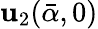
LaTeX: \mathbf{u}_{2}(\bar{{\alpha}},0)